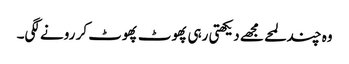
وہ چند لمحے مجھے دیکھتی رہی پھوٹ پھوٹ کر رونے لگی۔